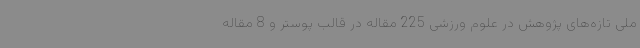
ملی تازه‌های پژوهش در علوم ورزشی 225 مقاله در قالب پوستر و 8 مقاله